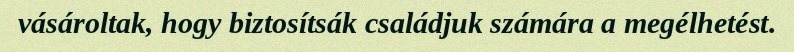
vásároltak, hogy biztosítsák családjuk számára a megélhetést.